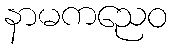
နာမကညေဝ